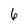
Character: 6